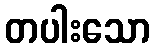
တပါးသော